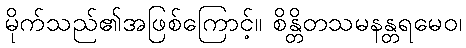
မိုက်သည်၏အဖြစ်ကြောင့်။ စိန္တိတသမနန္တရမေဝ၊